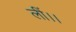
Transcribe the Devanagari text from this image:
लीं।।